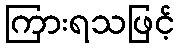
ကြားရသဖြင့်